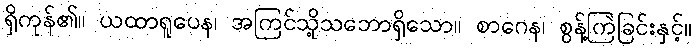
ရှိကုန်၏။ ယထာရူပေန၊ အကြင်သို့သဘောရှိသော။ စာဂေန၊ စွန့်ကြဲခြင်းနှင့်။